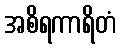
အစိရကာရိတံ